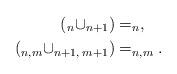
LaTeX: \begin{align*}(_n\cup_{n+1})&=_n,\\(_{n,m}\cup_{n+1,\; m+1})&=_{n,m}.\end{align*}